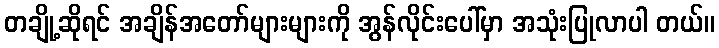
တချို့ဆိုရင် အချိန်အတော်များများကို အွန်လိုင်းပေါ်မှာ အသုံးပြုလာပါ တယ်။